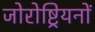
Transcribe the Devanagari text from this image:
जोरोष्ट्रियनों